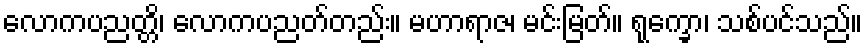
လောကပညတ္တိ၊ လောကပညတ်တည်း။ မဟာရာဇ၊ မင်းမြတ်။ ရုက္ခော၊ သစ်ပင်သည်။